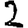
Digit: 2